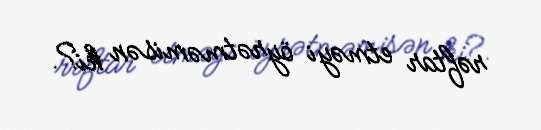
rəftar etməyi öyrətməmisən ki?.